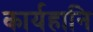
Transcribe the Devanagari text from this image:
कार्यहानि